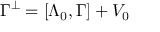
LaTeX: \Gamma ^ { \perp } = [ \Lambda _ { 0 } , \Gamma ] + V _ { 0 }